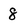
Character: 8